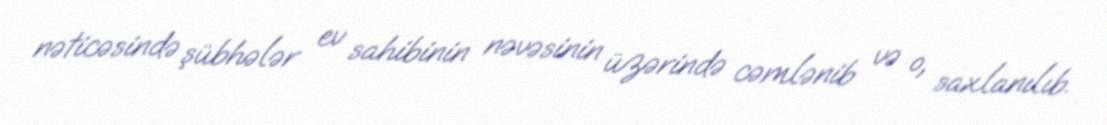
nəticəsində şübhələr ev sahibinin nəvəsinin üzərində cəmlənib və o, saxlanılıb.